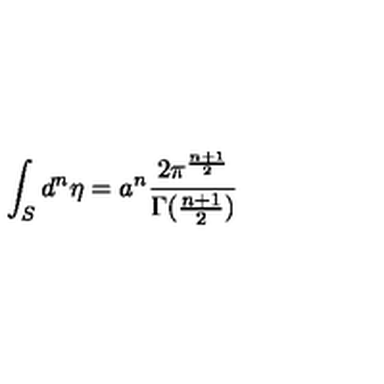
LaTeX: \int _ { S } { d ^ { n } } { \eta } = a ^ { n } \frac { 2 \pi ^ { \frac { n + 1 } { 2 } } } { \Gamma ( \frac { n + 1 } { 2 } ) }